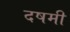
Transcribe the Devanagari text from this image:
दषमी